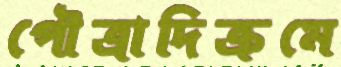
পৌত্রাদিক্রমে